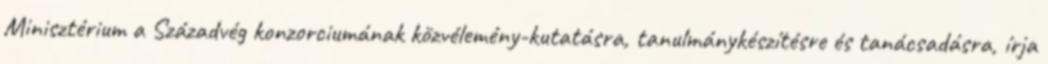
Minisztérium a Századvég konzorciumának közvélemény-kutatásra, tanulmánykészítésre és tanácsadásra, írja